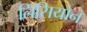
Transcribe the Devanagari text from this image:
लिसियोन